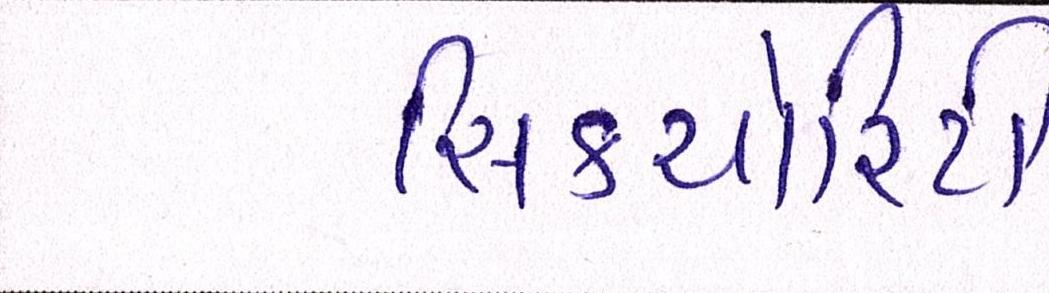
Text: સિક્યોરિટી